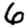
Digit: 6